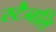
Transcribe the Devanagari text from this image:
स्टैनलि